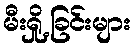
မီးရှို့ခြင်းများ